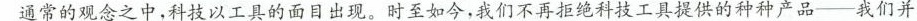
通常的观念之中，科技以工具的面日出现。时至如今，我们不再拒绝科技工具提供的种种产品-我们并